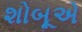
શોબૂએ